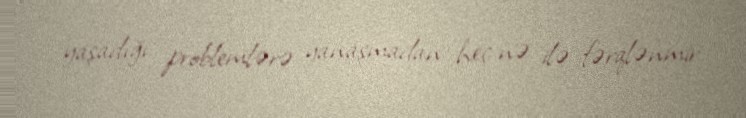
yaşadığı problemlərə yanaşmadan heç nə ilə fərqlənmir.